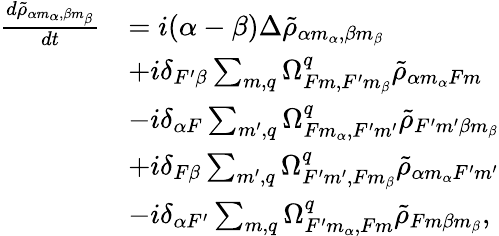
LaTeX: \begin{array}{rl}{\frac{d\tilde{\rho}_{\alpha m_{\alpha},\beta m_{\beta}}}{dt}}&{=i(\alpha-\beta)\Delta\tilde{\rho}_{\alpha m_{\alpha},\beta m_{\beta}}}\\ &{+i\delta_{F^{\prime}\beta}\sum_{m,q}\Omega_{Fm,F^{\prime}m_{\beta}}^{q}\tilde{\rho}_{\alpha m_{\alpha}Fm}}\\ &{-i\delta_{\alpha F}\sum_{m^{\prime},q}\Omega_{Fm_{\alpha},F^{\prime}m^{\prime}}^{q}\tilde{\rho}_{F^{\prime}m^{\prime}\beta m_{\beta}}}\\ &{+i\delta_{F\beta}\sum_{m^{\prime},q}\Omega_{F^{\prime}m^{\prime},Fm_{\beta}}^{q}\tilde{\rho}_{\alpha m_{\alpha}F^{\prime}m^{\prime}}}\\ &{-i\delta_{\alpha F^{\prime}}\sum_{m,q}\Omega_{F^{\prime}m_{\alpha},Fm}^{q}\tilde{\rho}_{Fm\beta m_{\beta}},}\end{array}